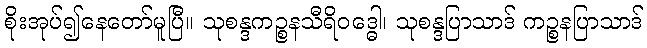
စိုးအုပ်၍နေတော်မူပြီ။ သုစန္ဒကဉ္စနသီရိဝဒ္ဓေါ၊ သုစန္ဒပြာသာဒ် ကဉ္စနပြာသာဒ်